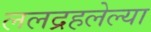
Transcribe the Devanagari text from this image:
ललद्रहलेल्या